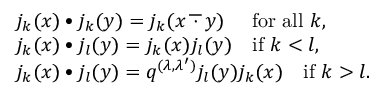
\begin{array} { r l } & { j _ { k } ( x ) \bullet j _ { k } ( y ) = j _ { k } ( x \, \overline { { \, \cdot \, } } \, y ) \quad \mathrm { ~ f o r ~ a l l ~ } k , } \\ & { j _ { k } ( x ) \bullet j _ { l } ( y ) = j _ { k } ( x ) j _ { l } ( y ) \quad \mathrm { i f ~ } k < l , } \\ & { j _ { k } ( x ) \bullet j _ { l } ( y ) = q ^ { ( \lambda , \lambda ^ { \prime } ) } j _ { l } ( y ) j _ { k } ( x ) \quad \mathrm { i f ~ } k > l . } \end{array}